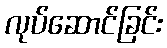
လုပ်ဆောင်ခြင်း